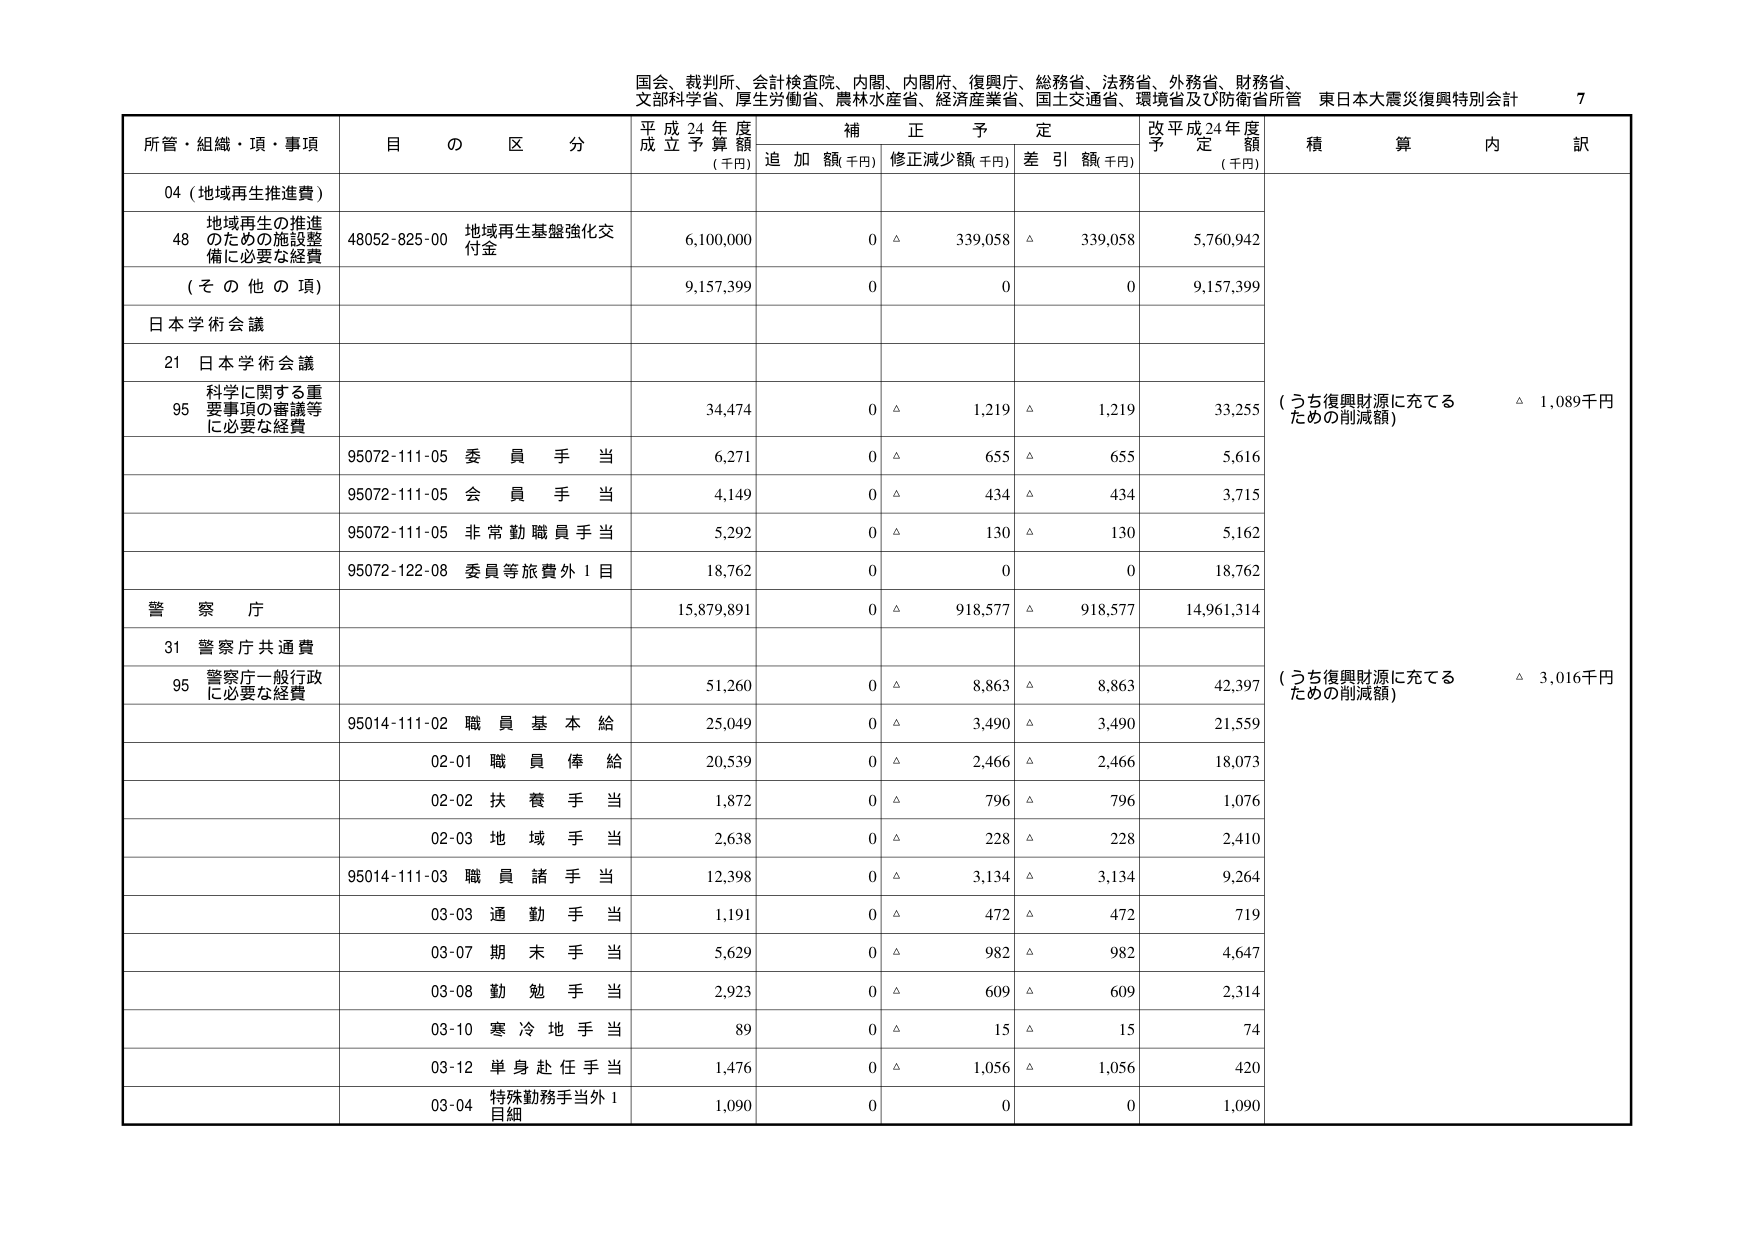
国会、裁判所、会計検査院、内閣、内閣府、復興庁、総務省、法務省、外務省、財務省、
文部科学省、厚生労働省、農林水産省、経済産業省、国土交通省、環境省及び防衛省所管 東日本大震災復興特別会計 7

所管・組織・項・事項 目 の 区 分 平成24年度 成立予算額 (千円) 補正予定 追加額(千円) 修正減少額(千円) 差引額(千円) 改平成24年度 予定額 (千円) 積算 内訳

04 (地域再生推進費)

48 地域再生の推進 のための施設整 備に必要な経費 48052-825-00 地域再生基盤強化交 付金 6,100,000 0 △ 339,058 △ 339,058 5,760,942

(その他の項) 9,157,399 0 0 0 9,157,399

日本学術会議

21 日本学術会議

95 科学に関する重 要事項の審議等 に必要な経費 34,474 0 △ 1,219 △ 1,219 33,255 (うち復興財源に充てる ための削減額) △ 1,089千円

95072-111-05 委員手当 6,271 0 △ 655 △ 655 5,616

95072-111-05 会員手当 4,149 0 △ 434 △ 434 3,715

95072-111-05 非常勤職員手当 5,292 0 △ 130 △ 130 5,162

95072-122-08 委員等旅費外1目 18,762 0 0 0 18,762

警察庁

31 警察庁共通費

95 警察庁一般行政 に必要な経費 51,260 0 △ 8,863 △ 8,863 42,397 (うち復興財源に充てる ための削減額) △ 3,016千円

95014-111-02 職員基本給 25,049 0 △ 3,490 △ 3,490 21,559

02-01 職員俸給 20,539 0 △ 2,466 △ 2,466 18,073

02-02 扶養手当 1,872 0 △ 796 △ 796 1,076

02-03 地域手当 2,638 0 △ 228 △ 228 2,410

95014-111-03 職員諸手当 12,398 0 △ 3,134 △ 3,134 9,264

03-03 通勤手当 1,191 0 △ 472 △ 472 719

03-07 期末手当 5,629 0 △ 982 △ 982 4,647

03-08 勤勉手当 2,923 0 △ 609 △ 609 2,314

03-10 寒冷地手当 89 0 △ 15 △ 15 74

03-12 単身赴任手当 1,476 0 △ 1,056 △ 1,056 420

03-04 特殊勤務手当外1 目細 1,090 0 0 0 1,090